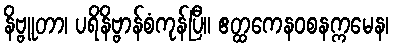
နိဗ္ဗူတာ၊ ပရိနိဗ္ဗာန်စံကုန်ပြီ။ ဧတ္ထကေနဝစနက္ကမေန၊